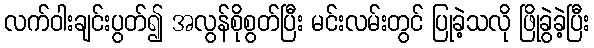
လက်ဝါးချင်းပွတ်၍ အလွန်စိုစွတ်ပြီး မင်းလမ်းတွင် ပြုခဲ့သလို ဖြိုခွဲခဲ့ပြီး